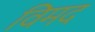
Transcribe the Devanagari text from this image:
विमद